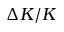
\Delta K / K